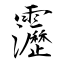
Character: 靋